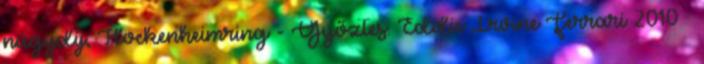
nagydíj, Hockenheimring - Győztes: Eddie Irvine Ferrari 2010 –